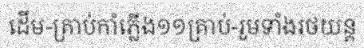
ដើម-គ្រាប់កាំភ្លើង១១គ្រាប់-រួមទាំងរថយន្ត